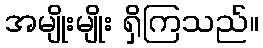
အမျိုးမျိုး ရှိကြသည်။